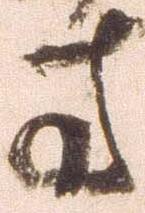
方